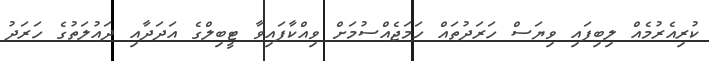
ކުރިއެރުމެއް ލިބިފައި ވިޔަސް ހަރަދުތައް ހަމަޖެއްސުމަށް ވިއްކާފައިވާ ޓީބިލްގެ އަދަދާއި ދައުލަތުގެ ހަރަދު